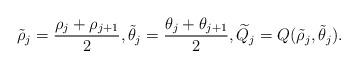
LaTeX: \begin{align*} \tilde \rho_j = \frac{\rho_j+\rho_{j+1}}{2}, \tilde\theta_j=\frac{\theta_j+\theta_{j+1}}{2},\widetilde Q_j=Q(\tilde\rho_j,\tilde\theta_j).\end{align*}